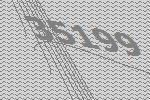
35199